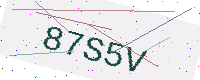
Text: 87S5V